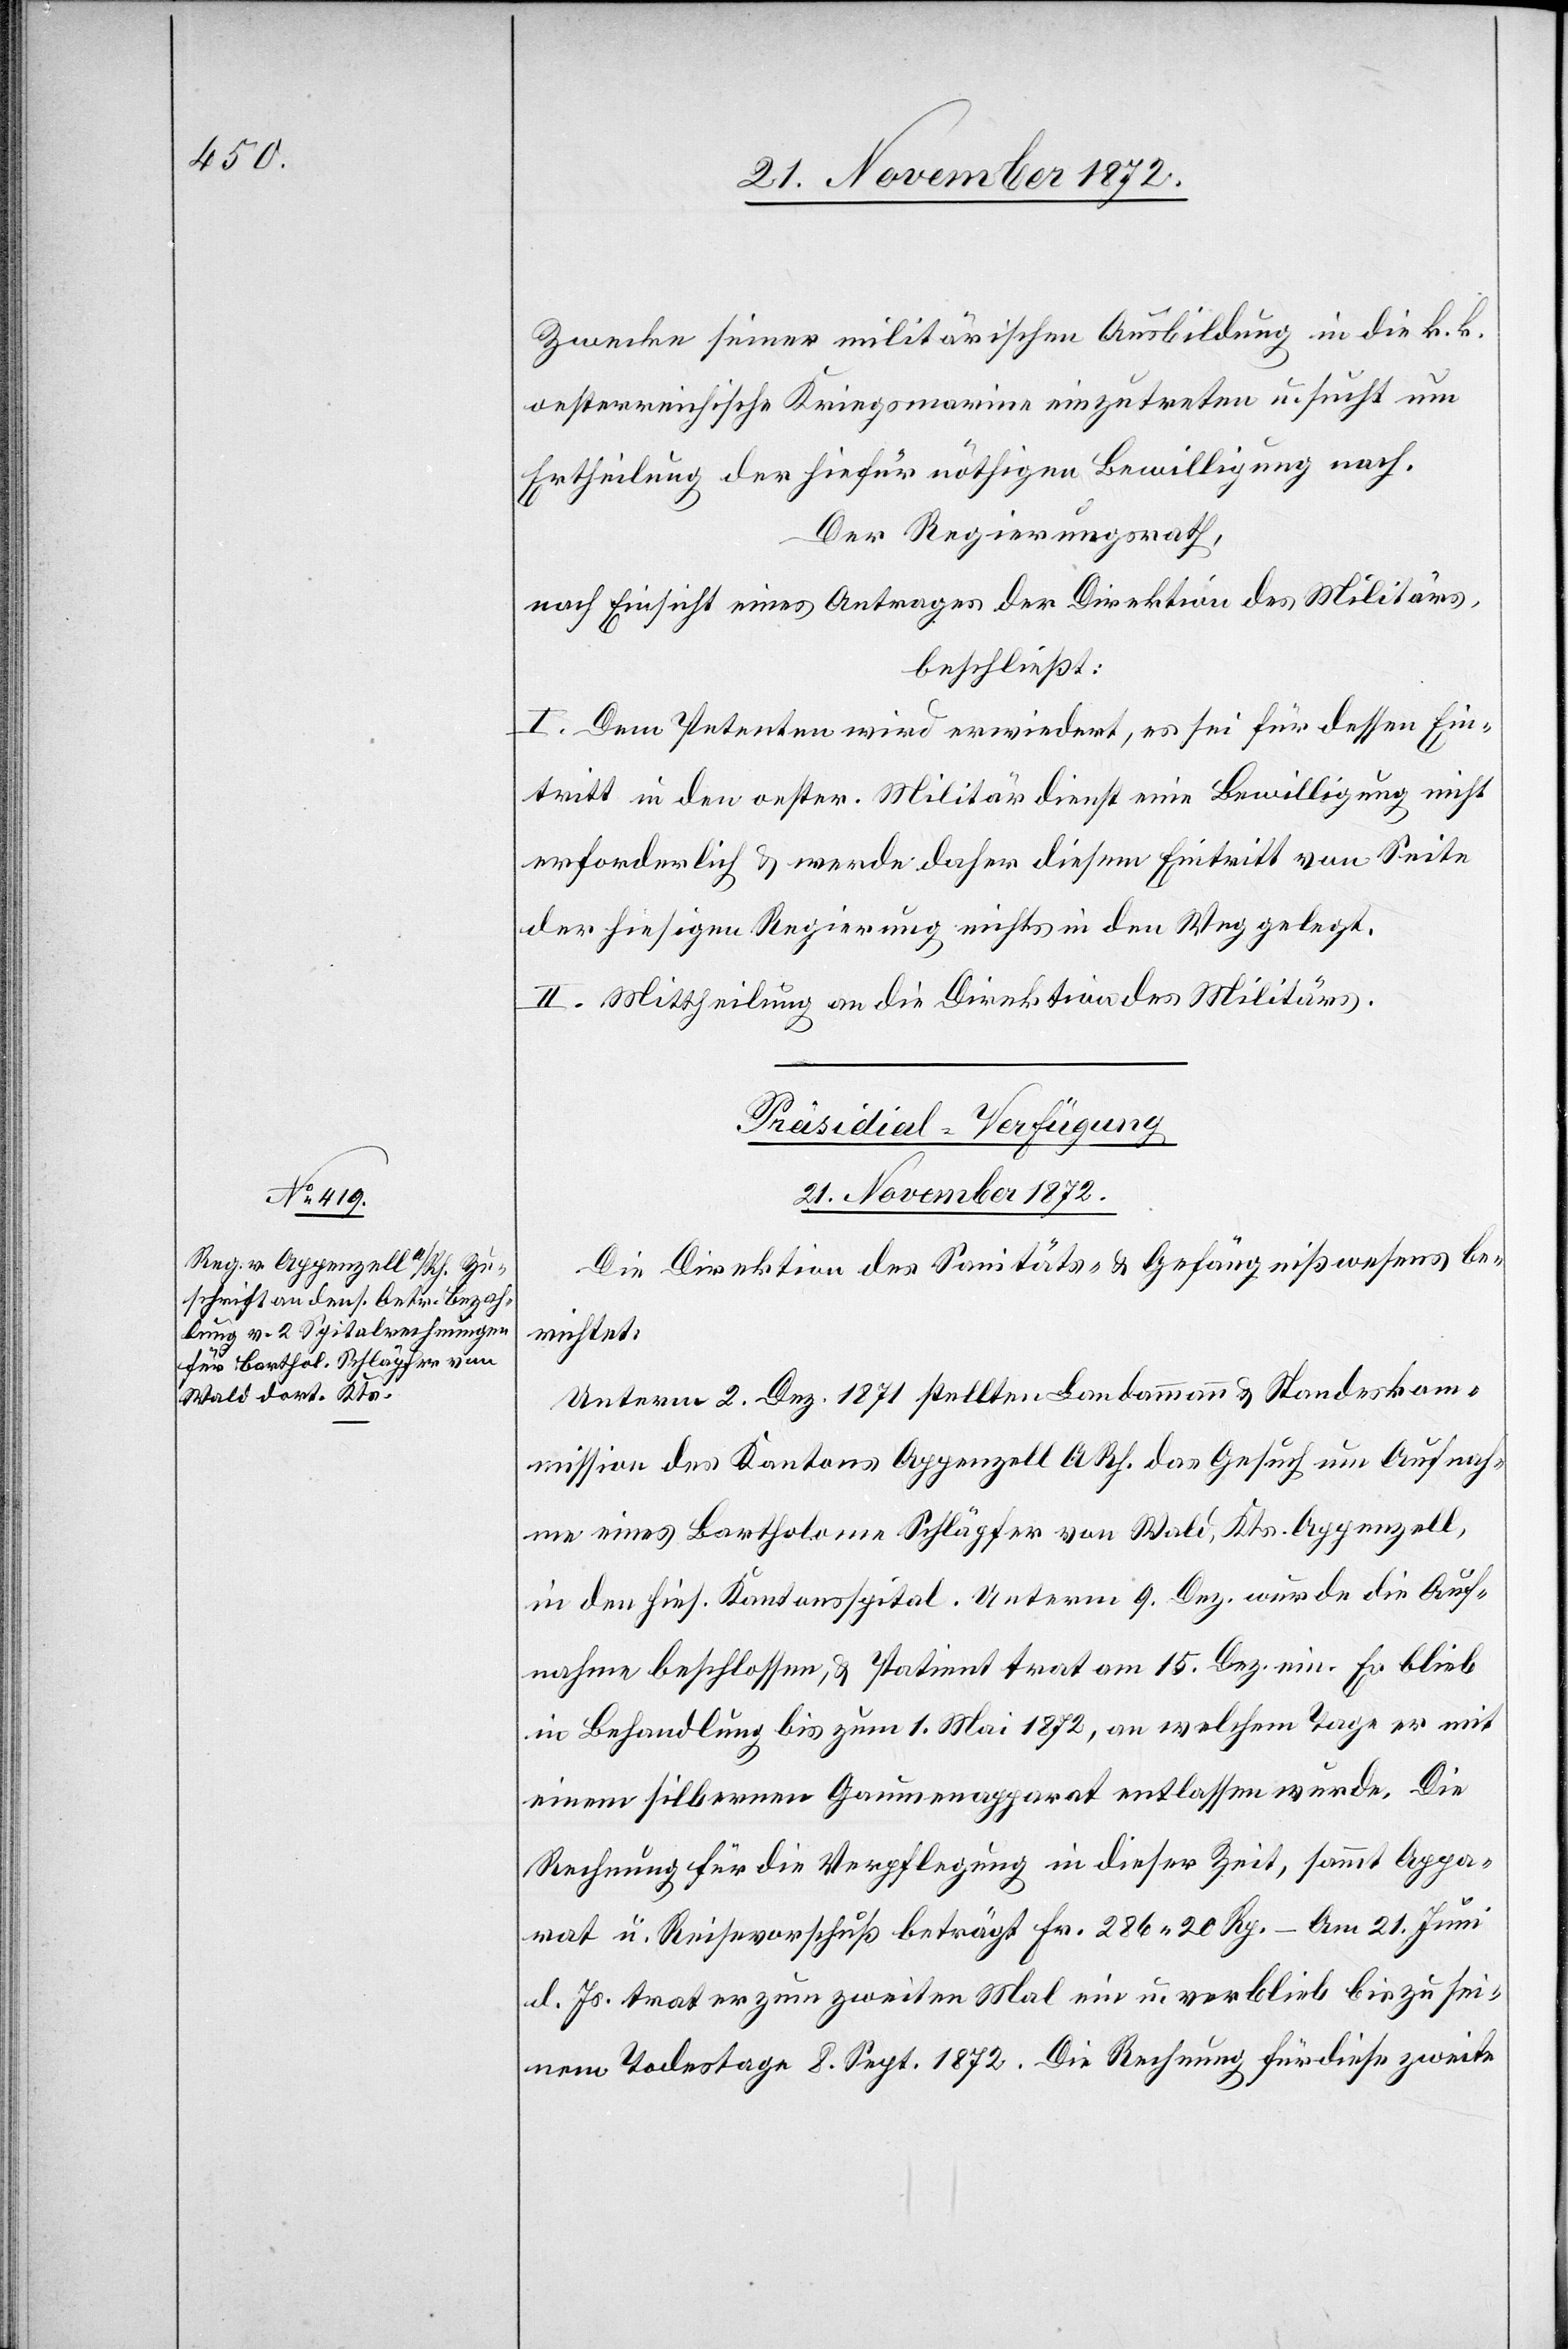
Zwecke seiner militärischen Ausbildung in die k. k.
oesterreichische Kriegsmarine einzutreten u. sucht um
Ertheilung der hiefür nöthigen Bewilligung nach.
Der Regierungsrath,
nach Einsicht eines Antrages der Direktion des Militärs,
beschließt:
I. Dem Petenten wird erwiedert, es sei für dessen Ein¬
tritt in den oester. Militärdienst eine Bewilligung nicht
erforderlich u. werde daher diesem Eintritt von Seite
der hiesigen Regierung nichts in den Weg gelegt.
II. Mittheilung an die Direktion des Militärs.
Präsidial-Verfügung
21. November 1872.
Die Direktion des Sanitäts- u. Gefängnißwesens be¬
richtet:
Unterm 2. Dez. 1871 stellten Landammann u. Standeskom¬
mission des Kantons Appenzell A Rh. das Gesuch um Aufnah¬
me eines Bartholome Schläpfer von Wald, Kts. Appenzell,
in den hies. Kantonsspital. Unterm 9. Dez. wurde die Auf¬
nahme beschlossen, u. Patient trat am 15. Dez. ein. Es blieb
in Behandlung bis zum 1. Mai 1872, an welchem Tage er mit
einem silbernen Gaumenapparat entlassen wurde. Die
Rechnung für die Verpflegung in dieser Zeit, sammt Appa¬
rat u. Reisevorschuß beträgt Fr. 286 20 Rp. – Am 21. Juni
d. Js. trat er zum zweiten Mal ein u. verblieb bis zu sei¬
nem Todestage 8. Sept. 1872. Die Rechnung für diese zweite